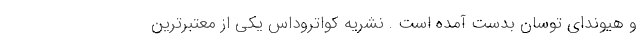
و هیوندای توسان بدست آمده است . نشریه کواتروداس یکی از معتبرترین